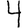
Digit: 4